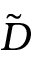
\tilde { D }